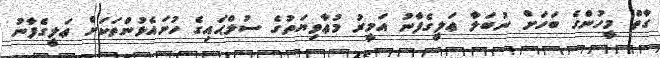
ގާތް މީހުންގެ ބަހަށް ނުބަލާ ޢަލީގެފާނު އަމީރު މުޢާވިޔަތުގެ ސުލްޙައިގެ ހުށައެޅުންތަކަށް ޢަލީގެފާނު